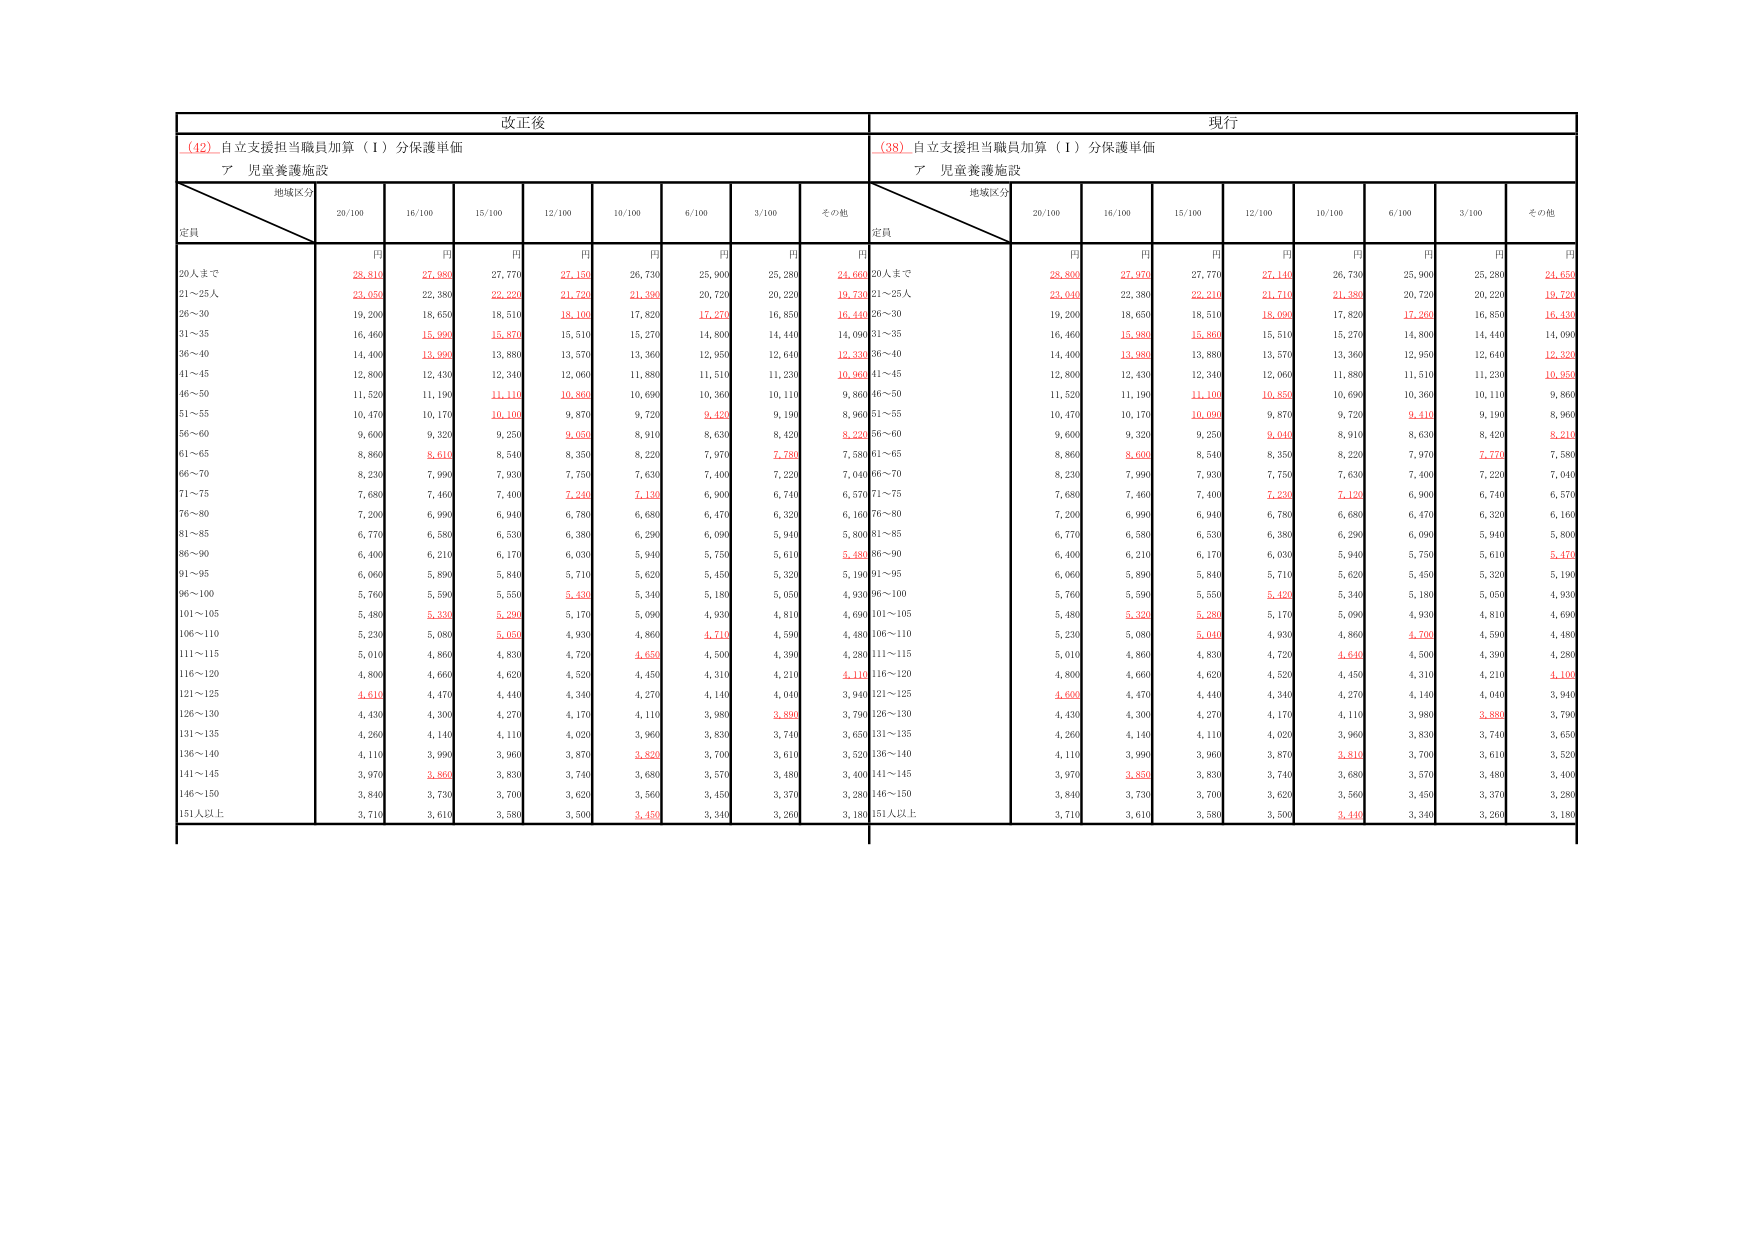
改正後
（42）自立支援担当職員加算（Ⅰ）分保護単価
ア 児童養護施設
地域区分
定員
20/100
16/100
15/100
12/100
10/100
6/100
3/100
その他
円
円
円
円
円
円
円
円
20人まで
28,810
27,980
27,770
27,150
26,730
25,900
25,280
24,660
21～25人
23,050
22,380
22,220
21,720
21,390
20,720
20,220
19,730
26～30
19,200
18,650
18,510
18,100
17,820
17,270
16,850
16,440
31～35
16,460
15,990
15,870
15,510
15,270
14,800
14,440
14,090
36～40
14,400
13,990
13,880
13,570
13,360
12,950
12,640
12,330
41～45
12,800
12,430
12,340
12,060
11,880
11,510
11,230
10,960
46～50
11,520
11,190
11,110
10,860
10,690
10,360
10,110
9,860
51～55
10,470
10,170
10,100
9,870
9,720
9,420
9,190
8,960
56～60
9,600
9,320
9,250
9,050
8,910
8,630
8,420
8,220
61～65
8,860
8,610
8,540
8,350
8,220
7,970
7,780
7,580
66～70
8,230
7,990
7,930
7,750
7,630
7,400
7,220
7,040
71～75
7,680
7,460
7,400
7,240
7,130
6,900
6,740
6,570
76～80
7,200
6,990
6,940
6,780
6,680
6,470
6,320
6,160
81～85
6,770
6,580
6,530
6,380
6,290
6,090
5,940
5,800
86～90
6,400
6,210
6,170
6,030
5,940
5,750
5,610
5,480
91～95
6,060
5,890
5,840
5,710
5,620
5,450
5,320
5,190
96～100
5,760
5,590
5,550
5,430
5,340
5,180
5,050
4,930
101～105
5,480
5,330
5,290
5,170
5,090
4,930
4,810
4,690
106～110
5,230
5,080
5,050
4,930
4,860
4,710
4,590
4,480
111～115
5,010
4,860
4,830
4,720
4,650
4,500
4,390
4,280
116～120
4,800
4,660
4,620
4,520
4,450
4,310
4,210
4,110
121～125
4,610
4,470
4,440
4,340
4,270
4,140
4,040
3,940
126～130
4,430
4,300
4,270
4,170
4,110
3,980
3,890
3,790
131～135
4,260
4,140
4,110
4,020
3,960
3,830
3,740
3,650
136～140
4,110
3,990
3,960
3,870
3,820
3,700
3,610
3,520
141～145
3,970
3,850
3,830
3,740
3,680
3,570
3,480
3,400
146～150
3,840
3,730
3,700
3,620
3,560
3,450
3,370
3,280
151人以上
3,710
3,610
3,580
3,500
3,450
3,340
3,260
3,180
現行
（38）自立支援担当職員加算（Ⅰ）分保護単価
ア 児童養護施設
地域区分
定員
20/100
16/100
15/100
12/100
10/100
6/100
3/100
その他
円
円
円
円
円
円
円
円
20人まで
28,800
27,970
27,770
27,140
26,730
25,900
25,280
24,650
21～25人
23,040
22,380
22,210
21,710
21,380
20,720
20,220
19,720
26～30
19,200
18,650
18,510
18,090
17,820
17,260
16,850
16,430
31～35
16,460
15,980
15,860
15,510
15,270
14,800
14,440
14,090
36～40
14,400
13,980
13,880
13,570
13,360
12,950
12,640
12,320
41～45
12,800
12,430
12,340
12,060
11,880
11,510
11,230
10,950
46～50
11,520
11,190
11,100
10,850
10,690
10,360
10,110
9,860
51～55
10,470
10,170
10,090
9,870
9,720
9,410
9,190
8,960
56～60
9,600
9,320
9,250
9,040
8,910
8,630
8,420
8,210
61～65
8,860
8,600
8,540
8,350
8,220
7,970
7,770
7,580
66～70
8,230
7,990
7,930
7,750
7,630
7,400
7,220
7,040
71～75
7,680
7,460
7,400
7,230
7,120
6,900
6,740
6,570
76～80
7,200
6,990
6,940
6,780
6,680
6,470
6,320
6,160
81～85
6,770
6,580
6,530
6,380
6,290
6,090
5,940
5,800
86～90
6,400
6,210
6,170
6,030
5,940
5,750
5,610
5,470
91～95
6,060
5,890
5,840
5,710
5,620
5,450
5,320
5,190
96～100
5,760
5,590
5,550
5,420
5,340
5,180
5,050
4,930
101～105
5,480
5,320
5,280
5,170
5,090
4,930
4,810
4,690
106～110
5,230
5,080
5,040
4,930
4,860
4,700
4,590
4,480
111～115
5,010
4,860
4,830
4,720
4,640
4,500
4,390
4,280
116～120
4,800
4,660
4,620
4,520
4,450
4,310
4,210
4,100
121～125
4,600
4,470
4,440
4,340
4,270
4,140
4,040
3,940
126～130
4,430
4,300
4,270
4,170
4,110
3,980
3,880
3,790
131～135
4,260
4,140
4,110
4,020
3,960
3,830
3,740
3,650
136～140
4,110
3,990
3,960
3,870
3,810
3,700
3,610
3,520
141～145
3,970
3,850
3,830
3,740
3,680
3,570
3,480
3,400
146～150
3,840
3,730
3,700
3,620
3,560
3,450
3,370
3,280
151人以上
3,710
3,610
3,580
3,500
3,440
3,340
3,260
3,180